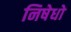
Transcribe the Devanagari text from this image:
निषेधो